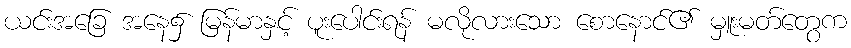
ယင်းအခြေ အနေ၌ မြန်မာနှင့် ပူးပေါင်းရန် မလိုလားသော စောနောင်၏ မှူးမတ်တွေက